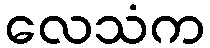
လေသံက